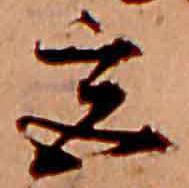
宮